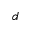
d